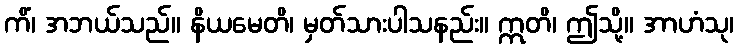
ကိံ၊ အဘယ်သည်။ နိယမေတိ၊ မှတ်သားပါသနည်း။ ဣတိ၊ ဤသို့။ အာဟံသု၊